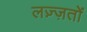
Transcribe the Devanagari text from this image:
लज़्ज़तों